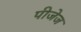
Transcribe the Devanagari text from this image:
पीजेज